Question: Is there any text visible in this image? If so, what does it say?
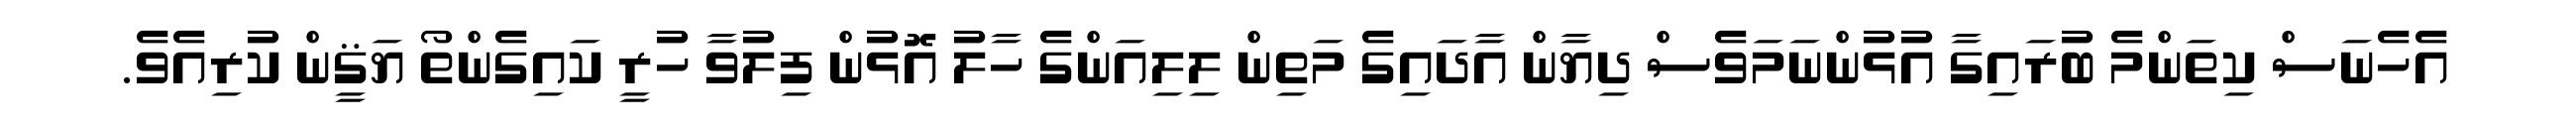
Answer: އެހެނަސް ކިތަންމެ ބުރައިގާ އުޅުންނަމަވެސް ދިޔާން އާދައިގެ މަތިން ލިލިއަންގެ ހާލު އޮޅުން ފިލުވާ ހުރީ ކައިގެންތޯ ޔަޤީން ކުރިއެވެ.